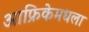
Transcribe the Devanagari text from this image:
आफ्रिकेमधला